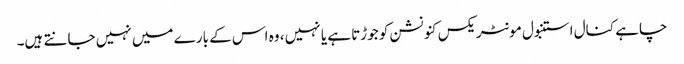
چاہے کنال استنبول مونٹریکس کنونشن کو جوڑتا ہے یا نہیں ، وہ اس کے بارے میں نہیں جانتے ہیں۔